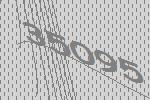
35095